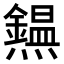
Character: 𤒸